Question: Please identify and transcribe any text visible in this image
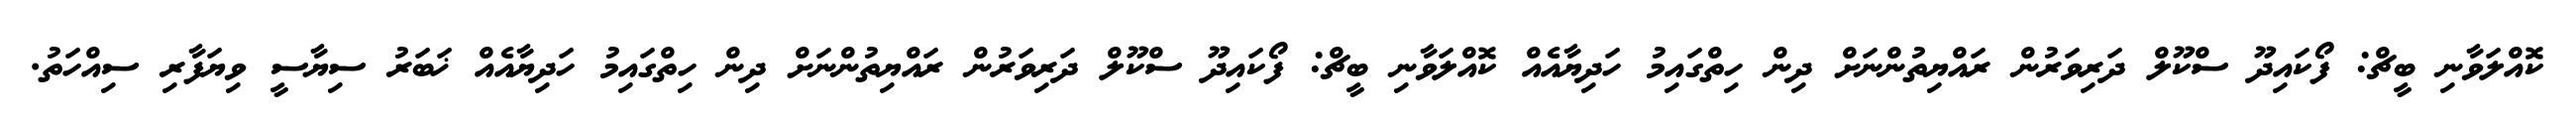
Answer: ކޮއްލަވާނި ބީޗް: ފޯކައިދޫ ސްކޫލް ދަރިވަރުން ރައްޔިތުންނަށް ދިން ހިތްގައިމު ހަދިޔާއެއް ކޮއްލަވާނި ބީޗް: ފޯކައިދޫ ސްކޫލް ދަރިވަރުން ރައްޔިތުންނަށް ދިން ހިތްގައިމު ހަދިޔާއެއް ޚަބަރު ސިޔާސީ ވިޔަފާރި ސިއްހަތު.